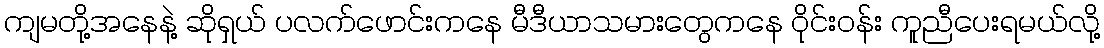
ကျမတို့အနေနဲ့ ဆိုရှယ် ပလက်ဖောင်းကနေ မီဒီယာသမားတွေကနေ ဝိုင်းဝန်း ကူညီပေးရမယ်လို့